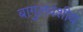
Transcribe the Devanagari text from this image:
बागुलवंशीय